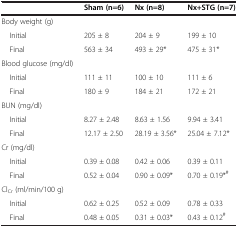
<table><thead><tr><td><b> </b></td><td><b>Sham (n=6)</b></td><td><b>Nx (n=8)</b></td><td><b>Nx+STG (n=7)</b></td></tr></thead><tbody><tr><td>Body weight (g)</td><td> </td><td> </td><td> </td></tr><tr><td> Initial</td><td>205 ± 8</td><td>204 ± 9</td><td>199 ± 10</td></tr><tr><td> Final</td><td>563 ± 34</td><td>493 ± 29*</td><td>475 ± 31*</td></tr><tr><td>Blood glucose (mg/dl)</td><td> </td><td> </td><td> </td></tr><tr><td> Initial</td><td>111 ± 11</td><td>100 ± 10</td><td>111 ± 6</td></tr><tr><td> Final</td><td>180 ± 9</td><td>184 ± 21</td><td>172 ± 21</td></tr><tr><td>BUN (mg/dl)</td><td> </td><td> </td><td> </td></tr><tr><td> Initial</td><td>8.27 ± 2.48</td><td>8.63 ± 1.56</td><td>9.94 ± 3.41</td></tr><tr><td> Final</td><td>12.17 ± 2.50</td><td>28.19 ± 3.56*</td><td>25.04 ± 7.12*</td></tr><tr><td>Cr (mg/dl)</td><td> </td><td> </td><td> </td></tr><tr><td> Initial</td><td>0.39 ± 0.08</td><td>0.42 ± 0.06</td><td>0.39 ± 0.11</td></tr><tr><td> Final</td><td>0.52 ± 0.04</td><td>0.90 ± 0.09*</td><td>0.70 ± 0.19*<sup>#</sup></td></tr><tr><td>Cl<sub>Cr</sub> (ml/min/100 g)</td><td> </td><td> </td><td> </td></tr><tr><td> Initial</td><td>0.62 ± 0.25</td><td>0.52 ± 0.09</td><td>0.78 ± 0.33</td></tr><tr><td> Final</td><td>0.48 ± 0.05</td><td>0.31 ± 0.03*</td><td>0.43 ± 0.12<sup>#</sup></td></tr></tbody></table>